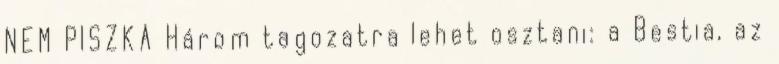
NEM PISZKA Három tagozatra lehet osztani: a Bestia, az